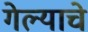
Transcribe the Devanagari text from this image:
गेल्‍याचे